Notes on the propagation and cultivation of the medicinal cinchonas, or Peruvian bark trees
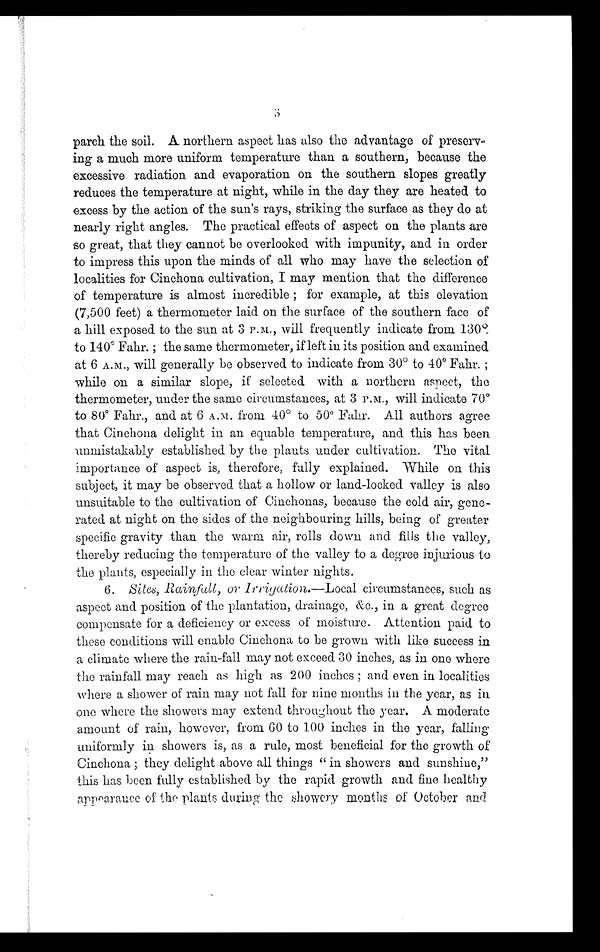
3
parch the soil. A northern aspect has also the advantage of preserv-
ing a much more uniform temperature than a southern, because the
excessive radiation and evaporation on the southern slopes greatly
reduces the temperature at night, while in the day they are heated to
excess by the action of the sun's rays, striking the surface as they do at
nearly right angles. The practical effects of aspect on the plants are
so great, that they cannot be overlooked with impunity, and in order
to impress this upon the minds of all who may have the selection of
localities for Cinchona cultivation, I may mention that the difference
of temperature is almost incredible ; for example, at this elevation
(7,500 feet) a thermometer laid on the surface of the southern face of
a hill exposed to the sun at 3 P.M., will frequently indicate from 130º
to 140° Fahr. ; the same thermometer, if left in its position and examined
at 6 A.M., will generally be observed to indicate from 30° to 40° Fahr. ;
while on a similar slope, if selected with a northern aspect, the
thermometer, under the same circumstances, at 3 P.m., will indicate 70°t
o 80° Fahr., and at 6 A.M. from 40° to 50° Fahr. All authors agree
that Cinchona delight in an equable temperature, and this has been
unmistakably established by the plants under cultivation. The vital
importance of aspect is, therefore, fully explained. While on this
subject, it may be observed that a hollow or land-locked valley is also
unsuitable to the cultivation of Cinchonas, because the cold air, gene-
rated at night on the sides of the neighbouring hills, being of greater
specific gravity than the warm air, rolls clown and fills the valley,
thereby reducing the temperature of the valley to a degree injurious to
the plants, especially in the clear winter nights.
6. Site, Rainfull, or I rrigation.—Local circumstances, such as
aspect and position of the plantation, drainage, &amp;c., in a great degree
compensate for a deficiency or excess of moisture. Attention paid to
these conditions will enable Cinchona to be grown with like success in
a climate where the rain-fall may not exceed 30 inches, as in one where
the rainfall may reach as high as 200 inches ; and even in localities
where a shower of rain may not fall for nine months in the year, as in
one where the showers may extend throughout the year. A moderate
amount of rain, however, from 60 to 100 inches in the year, falling
uniformly in showers is, as a rule, most beneficial for the growth of
Cinchona ; they delight above all things " in showers and sunshine,"
this has been fully established by the rapid growth and fine healthy
appearance of the plants during the showery months of October and